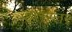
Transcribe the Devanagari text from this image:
इतरेतर